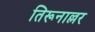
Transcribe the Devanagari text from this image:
तिरूनाल्लर